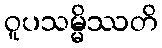
ဝူပသမ္မိဿတိ